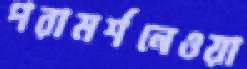
পরামর্শনেওয়া